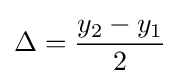
\Delta ={y_{2}-y_{1} \over 2}